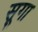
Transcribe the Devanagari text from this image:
सूगा